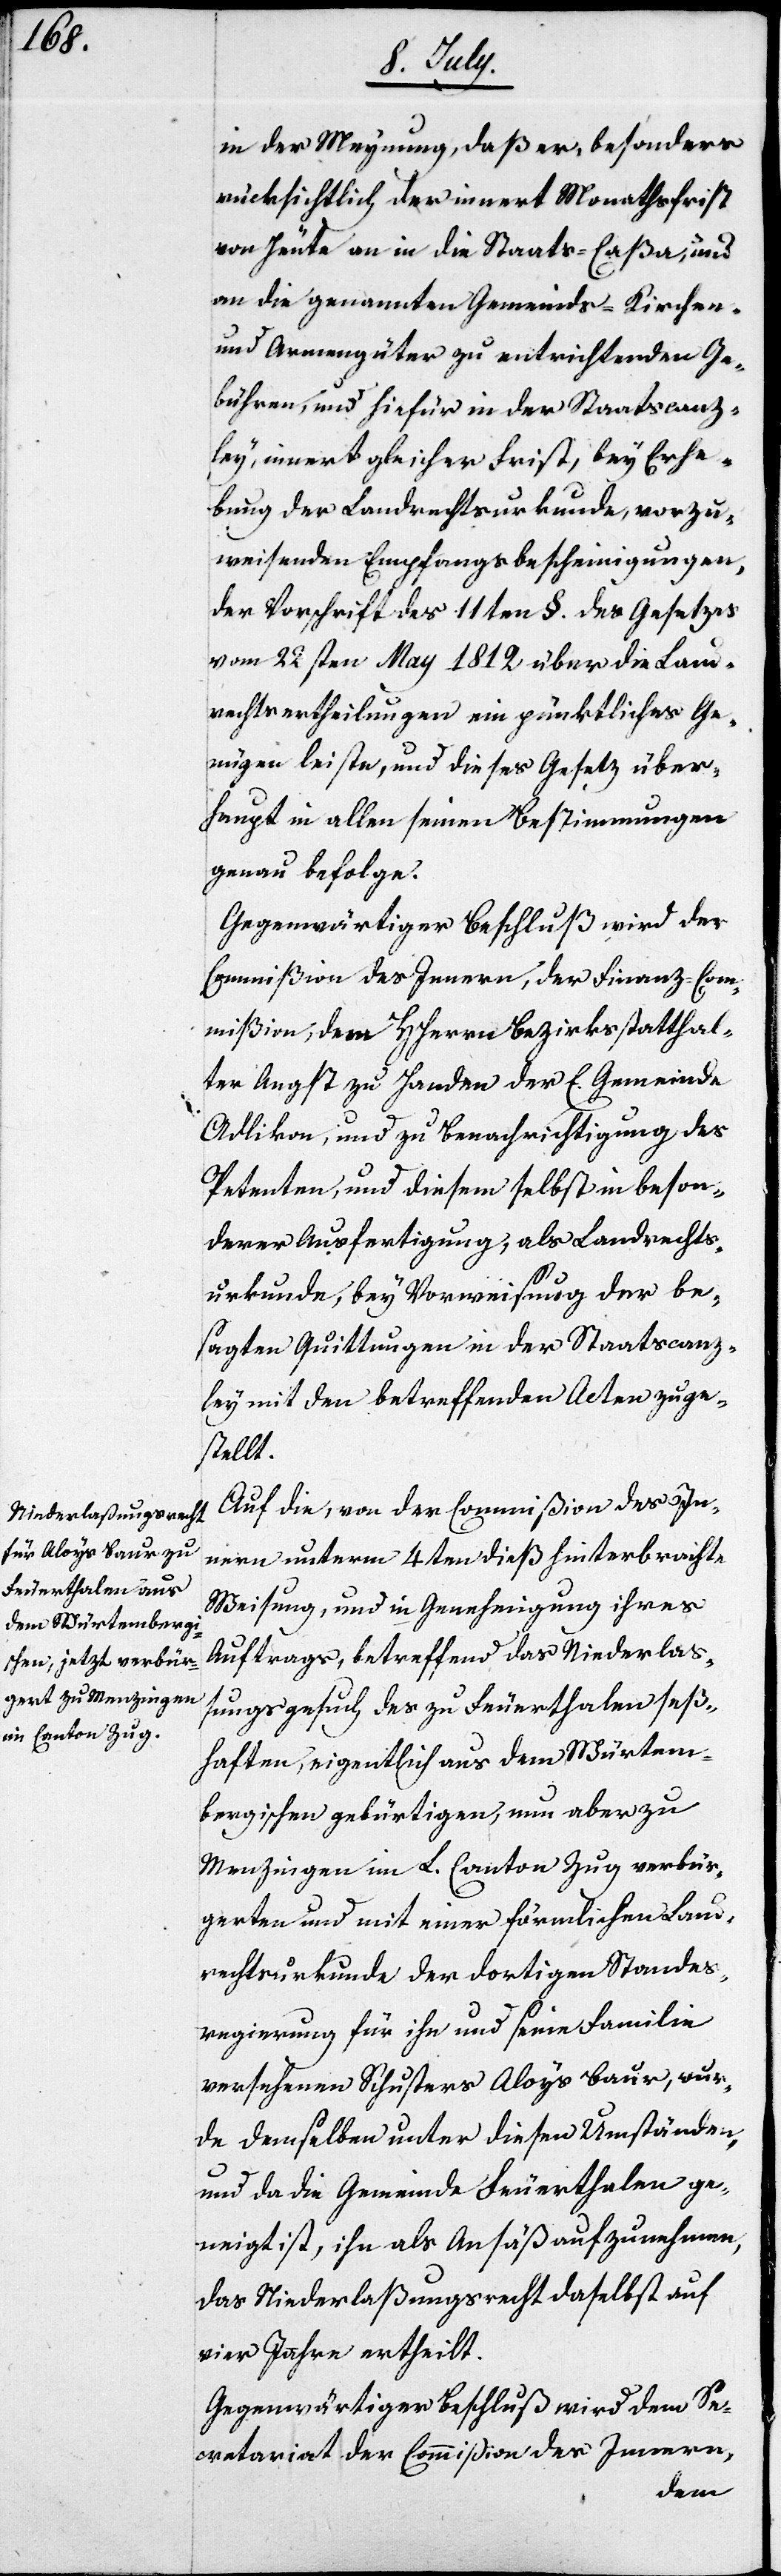
in der Meynung daß er, besonders
rücksichtlich der innert Monathsfrist
von heute an in die Staats-Caßa, und
an die genannten Gemeinds- Kirchen-
und Armengüter zu entrichtenden Ge¬
bühren, und hiefür in der Staatscanz¬
ley, innert gleicher Frist, bey Erhe¬
bung der Landrechtsurkunde, vorzu¬
weisenden Empfangsbescheinigungen,
der Vorschrift des 11ten §. des Gesetzes
vom 22sten May 1812. über die Land¬
rechtsertheilungen ein pünktliches Ge¬
nügen leisten, und dieses Gesetz über¬
haupt in allein seinen Bestimmungen
genau befolge.
Gegenwärtiger Beschluß wird der
Commißion des Innern, der Finanz-Com¬
mißion, dem HHerrn Bezirksstatthal¬
ter Angst zu Handen der E. Gemeinde
Adlikon, und zu Benachrichtigung des
Petenten, und diesem selbst in beson¬
derer Ausfertigung, als Landrechts¬
urkunde, bey Vorweisung der be¬
sagten Quittungen in der Staatscanz¬
ley mit den betreffenden Acten zuge¬
stellt.
Auf die, von der Commißion des In¬
nern unterm 4ten dieß hinterbrachte
Weisung, und in Genehmigung ihres
Auftrags, betreffend das Niederlaß¬
ungsgesuch des zu Feuerthalen seß¬
haften, eigentlich aus dem Würtem¬
bergischen gebürtigen, nun aber zu
Menzingen im L. Canton Zug verbür¬
gerten und mit einer förmlichen Land¬
rechtsurkunde der der dortigen Standes¬
regierung für ihn und seine Familie
versehenen Schusters Aloys Baur, wur¬
de demselben unter diesen Umständen,
und da die Gemeinde Feuerthalen ge¬
neigt ist, ihn als Ansäß aufzunehmen,
das Niederlaßungsrecht daselbst auf
vier Jahre ertheilt.
Gegenwärtiger Beschluß wird dem Se¬
kretariat der Commißion des Innern,